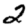
Digit: 2